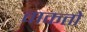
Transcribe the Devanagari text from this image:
वाकतो